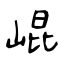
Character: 崐